Pusta,_Kaarel_Robert, lk 4
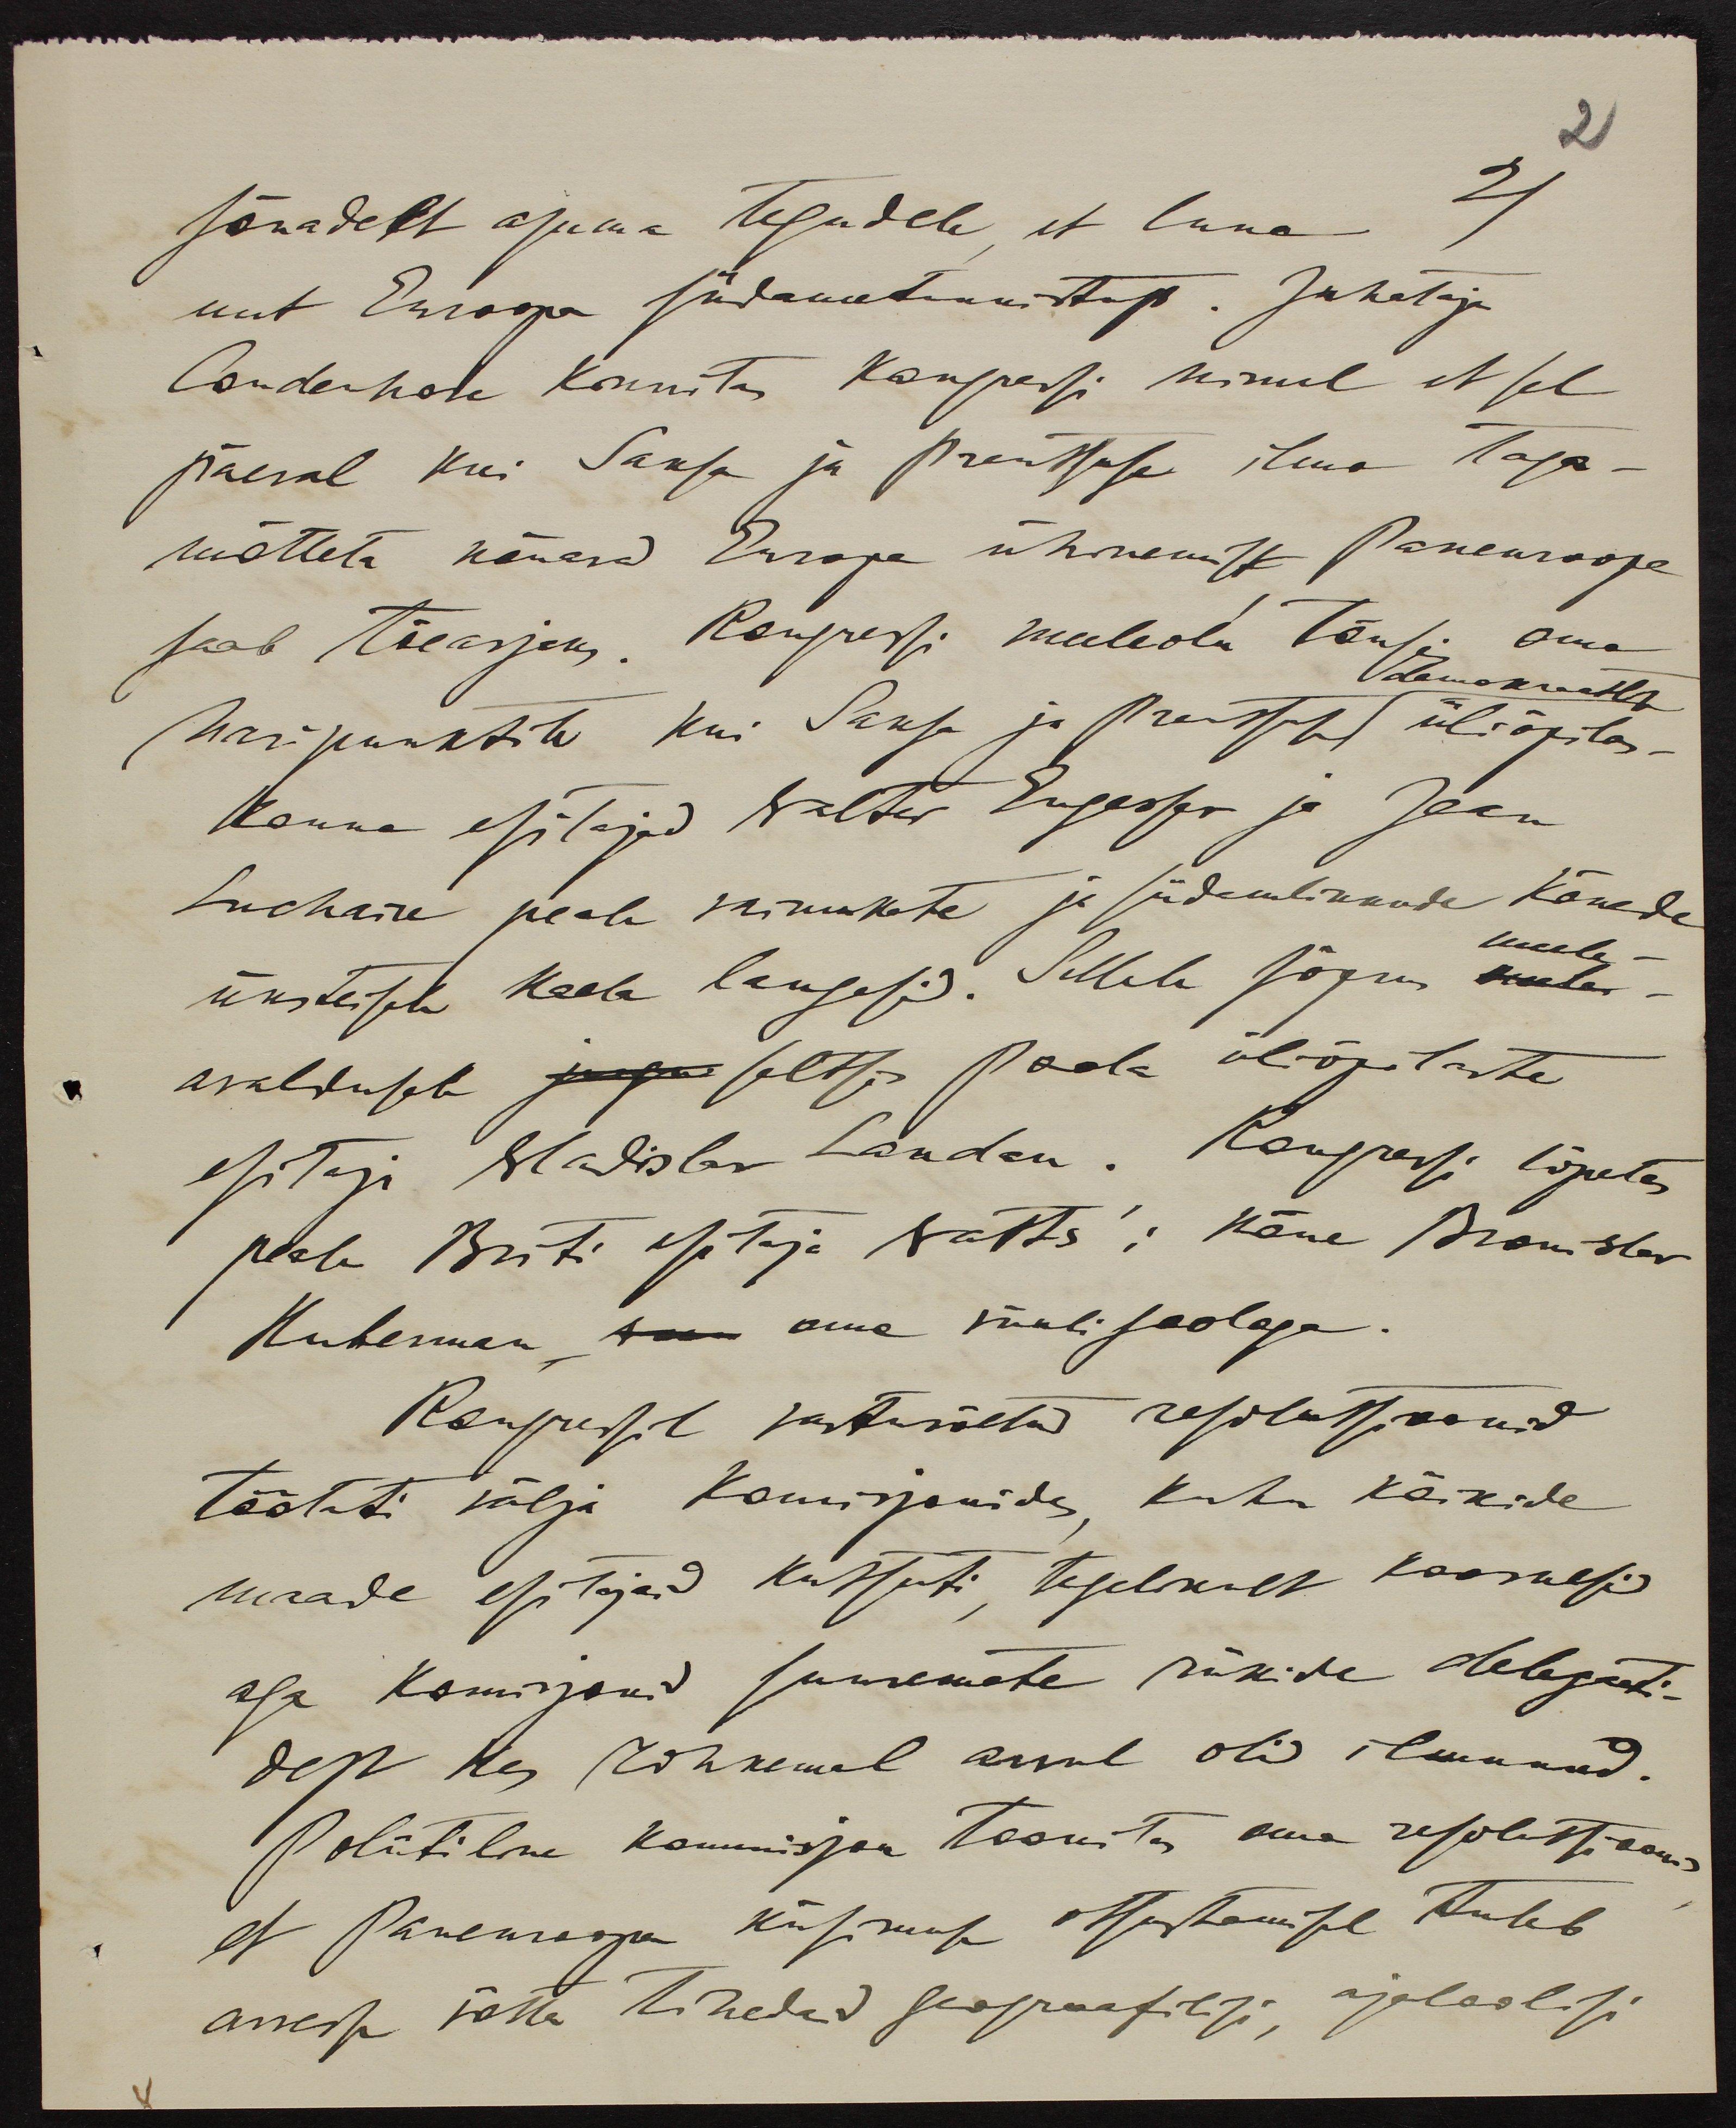
4
21
sõnadelt asuma tegudele et luua
uut Euroopa südametunnistust. Juhataja
Coudenhove kinnitas kongressi nimel et sel
päeval kui Saksa ja Prantsuse ilma taga-
mõtteta nõuavad Euroopa ühinemist Paneuroopa
seab tõeasjaks. Kongressi meeleolu tõusis oma
demokraatliku
haripunkti kui Saksa ja Prantsuse üliõpilas-
konna esitajad Walter Engesfer - ja Jean
Luchaire peale vaimukate ja südamlikkude kõnede
meele
üksteisele kaela langesid. Sellele järgnes
avalduste seltsis Poola üliõpilaste
uuele
esitaja Vladislav Landan. Kongressi lõpetas
peale Briti esitaja Watts'i kõne Bronislav
Huberman oma viiulisoologa.
Kongressil vastuvõetud resolutsioonid
töötati välja komisjonides kuhu kõikide
maade esitajad kutsuti, tegelikult koosnesid
aga komisjonid suuremate riikide delegaati-
dest kes rohkemal arvul oli ilmunud.
Politiline komisjon toonitas oma resolutsioonis
et Paneuroopa küsimuse otsustamisel tuleb
arvesse võtta tihedaid geograafilisi, ajaloolisi